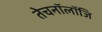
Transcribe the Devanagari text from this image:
तेचनॉलॉजि